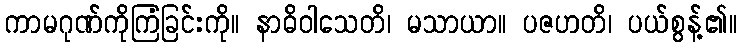
ကာမဂုဏ်ကိုကြံခြင်းကို။ နာဓိဝါသေတိ၊ မသာယာ။ ပဇဟတိ၊ ပယ်စွန့်၏။